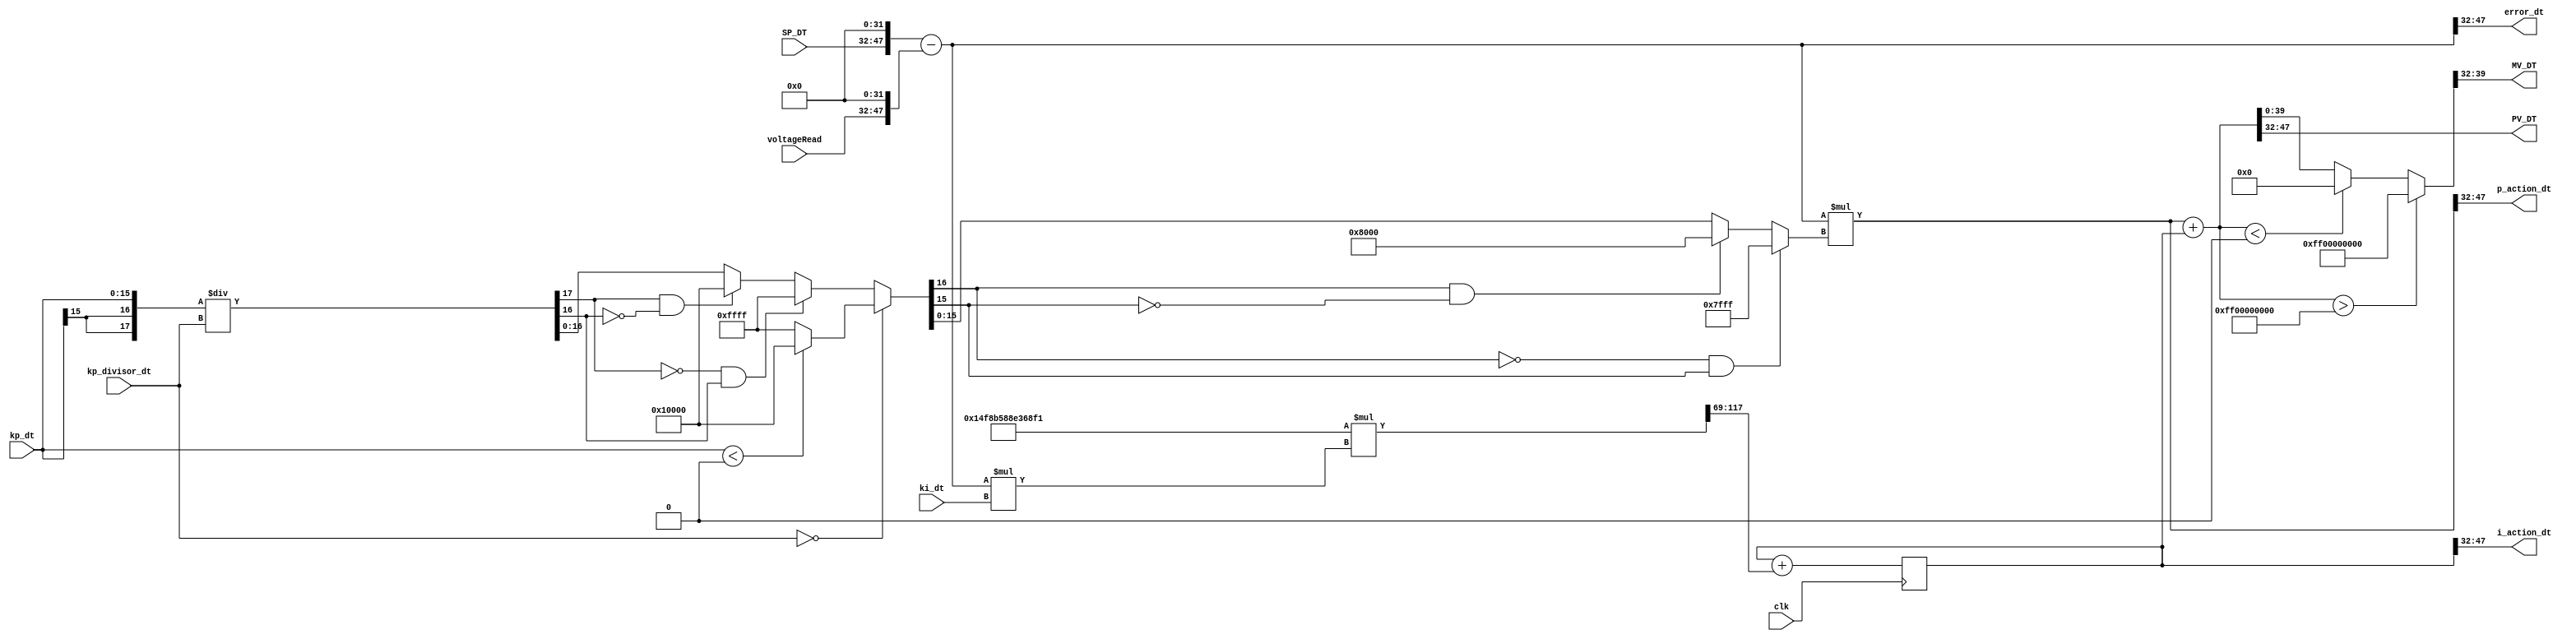
// -------------------------------------------------------------
// 
// 
// Generated by MATLAB 9.11 and HDL Coder 3.19
// 
// 
// -- -------------------------------------------------------------
// -- Rate and Clocking Details
// -- -------------------------------------------------------------
// Model base rate: 1e-05
// Target subsystem base rate: 1e-05
// 
// -------------------------------------------------------------


// -------------------------------------------------------------
// 
// Module: PID
// Source Path: flyback_pid/PID
// Hierarchy Level: 0
// 
// Simulink model description for flyback_pid:
// 
// Symmetric FIR Filter
// This example shows how to use HDL Coder(TM) to check, generate,
// and verify HDL for a fixed-point symmetric FIR filter. 
// 
// -------------------------------------------------------------

// Trial 7

`timescale 1 ns / 1 ns

module PID
          (clk,
           SP_DT,
           kp_dt,
           kp_divisor_dt,
           ki_dt,
           voltageRead,
           PV_DT,
           MV_DT,
           p_action_dt,
           i_action_dt,
           error_dt);


  input   clk;
  input   signed [15:0] SP_DT;  // int16
  input   signed [15:0] kp_dt;  // int16
  input   signed [15:0] kp_divisor_dt;  // int16
  input   signed [15:0] ki_dt;  // int16
  input   signed [15:0] voltageRead;  // int16
  output  signed [15:0] PV_DT;  // int16
  output  signed [7:0] MV_DT;  // int8
  output  signed [15:0] p_action_dt;  // int16
  output  signed [15:0] i_action_dt;  // int16
  output  signed [15:0] error_dt;  // int16


  wire signed [63:0] Add_sub_cast;  // sfix64_En32
  wire signed [63:0] Add_sub_cast_1;  // sfix64_En32
  wire signed [63:0] Add_out1;  // sfix64_En32
  wire signed [16:0] kp_dt_dtc;  // sfix17
  reg signed [15:0] SP;  // int16
  wire signed [79:0] Product_mul_temp;  // sfix80_En32
  wire signed [63:0] Product_out1;  // sfix64_En32
  wire signed [79:0] Product1_mul_temp;  // sfix80_En32
  wire signed [63:0] Product1_out1;  // sfix64_En32
  wire signed [63:0] Discrete_Time_Integrator1_indtc;  // sfix64
  wire signed [127:0] gain_mul_temp;  // sfix128_En69
  wire signed [63:0] Discrete_Time_Integrator1_u_gain;  // sfix64
  wire signed [63:0] Discrete_Time_Integrator1_u_dtc;  // sfix64_En32
  reg signed [63:0] Discrete_Time_Integrator1_x_reg;  // sfix64_En32
  wire signed [63:0] Discrete_Time_Integrator1_u_add;  // sfix64_En32
  wire signed [63:0] Add1_out1;  // sfix64_En32
  wire signed [15:0] SP_1;  // int16
  wire signed [63:0] PV;  // sfix64_En32
  wire signed [7:0] SP_2;  // int8
  wire signed [15:0] SP_3;  // int16
  wire signed [15:0] SP_4;  // int16
  wire signed [15:0] SP_5;  // int16
  reg signed [16:0] Divide_varargout_1;  // sfix17
  reg signed [17:0] Divide_div_temp;  // sfix18
  reg signed [17:0] Divide_t_0_0;  // sfix18

  initial begin
    Discrete_Time_Integrator1_x_reg = 64'sh0000000000000000;
  end

  assign Add_sub_cast = {{16{SP_DT[15]}}, {SP_DT, 32'b00000000000000000000000000000000}};
  assign Add_sub_cast_1 = {{16{voltageRead[15]}}, {voltageRead, 32'b00000000000000000000000000000000}};
  assign Add_out1 = Add_sub_cast - Add_sub_cast_1;


  assign kp_dt_dtc = {kp_dt[15], kp_dt};



  always @(kp_divisor_dt, kp_dt_dtc) begin
    Divide_div_temp = 18'sb000000000000000000;
    Divide_t_0_0 = 18'sb000000000000000000;
    if (kp_divisor_dt == 16'sb0000000000000000) begin
      if (kp_dt_dtc < 17'sb00000000000000000) begin
        Divide_varargout_1 = 17'sb10000000000000000;
      end
      else begin
        Divide_varargout_1 = 17'sb01111111111111111;
      end
    end
    else begin
      Divide_t_0_0 = {kp_dt_dtc[16], kp_dt_dtc};
      Divide_div_temp = Divide_t_0_0 / kp_divisor_dt;
      if ((Divide_div_temp[17] == 1'b0) && (Divide_div_temp[16] != 1'b0)) begin
        Divide_varargout_1 = 17'sb01111111111111111;
      end
      else if ((Divide_div_temp[17] == 1'b1) && (Divide_div_temp[16] != 1'b1)) begin
        Divide_varargout_1 = 17'sb10000000000000000;
      end
      else begin
        Divide_varargout_1 = Divide_div_temp[16:0];
      end
    end
    if ((Divide_varargout_1[16] == 1'b0) && (Divide_varargout_1[15] != 1'b0)) begin
      SP = 16'sb0111111111111111;
    end
    else if ((Divide_varargout_1[16] == 1'b1) && (Divide_varargout_1[15] != 1'b1)) begin
      SP = 16'sb1000000000000000;
    end
    else begin
      SP = Divide_varargout_1[15:0];
    end
  end


  assign Product_mul_temp = Add_out1 * SP;
  assign Product_out1 = Product_mul_temp[63:0];


  assign Product1_mul_temp = Add_out1 * ki_dt;
  assign Product1_out1 = Product1_mul_temp[63:0];


  assign Discrete_Time_Integrator1_indtc = Product1_out1;



  assign gain_mul_temp = 64'sh0014F8B588E368F1 * Discrete_Time_Integrator1_indtc;
  assign Discrete_Time_Integrator1_u_gain = {{5{gain_mul_temp[127]}}, gain_mul_temp[127:69]};



  assign Discrete_Time_Integrator1_u_dtc = Discrete_Time_Integrator1_u_gain;



  assign Discrete_Time_Integrator1_u_add = Discrete_Time_Integrator1_x_reg + Discrete_Time_Integrator1_u_dtc;



  always @(posedge clk)
    begin : Discrete_Time_Integrator1_reg_process
      Discrete_Time_Integrator1_x_reg <= Discrete_Time_Integrator1_u_add;
    end


  assign Add1_out1 = Product_out1 + Discrete_Time_Integrator1_x_reg;


  assign SP_1 = Add1_out1[47:32];


  assign PV_DT = SP_1;

  assign PV = (Add1_out1 > 64'sh000000FF00000000 ? 64'sh000000FF00000000 :
              (Add1_out1 < 64'sh0000000000000000 ? 64'sh0000000000000000 :
              Add1_out1));


  assign SP_2 = PV[39:32];


  assign MV_DT = SP_2;

  assign SP_3 = Product_out1[47:32];


  assign p_action_dt = SP_3;

  assign SP_4 = Discrete_Time_Integrator1_x_reg[47:32];


  assign i_action_dt = SP_4;

  assign SP_5 = Add_out1[47:32];


  assign error_dt = SP_5;

endmodule  // PID